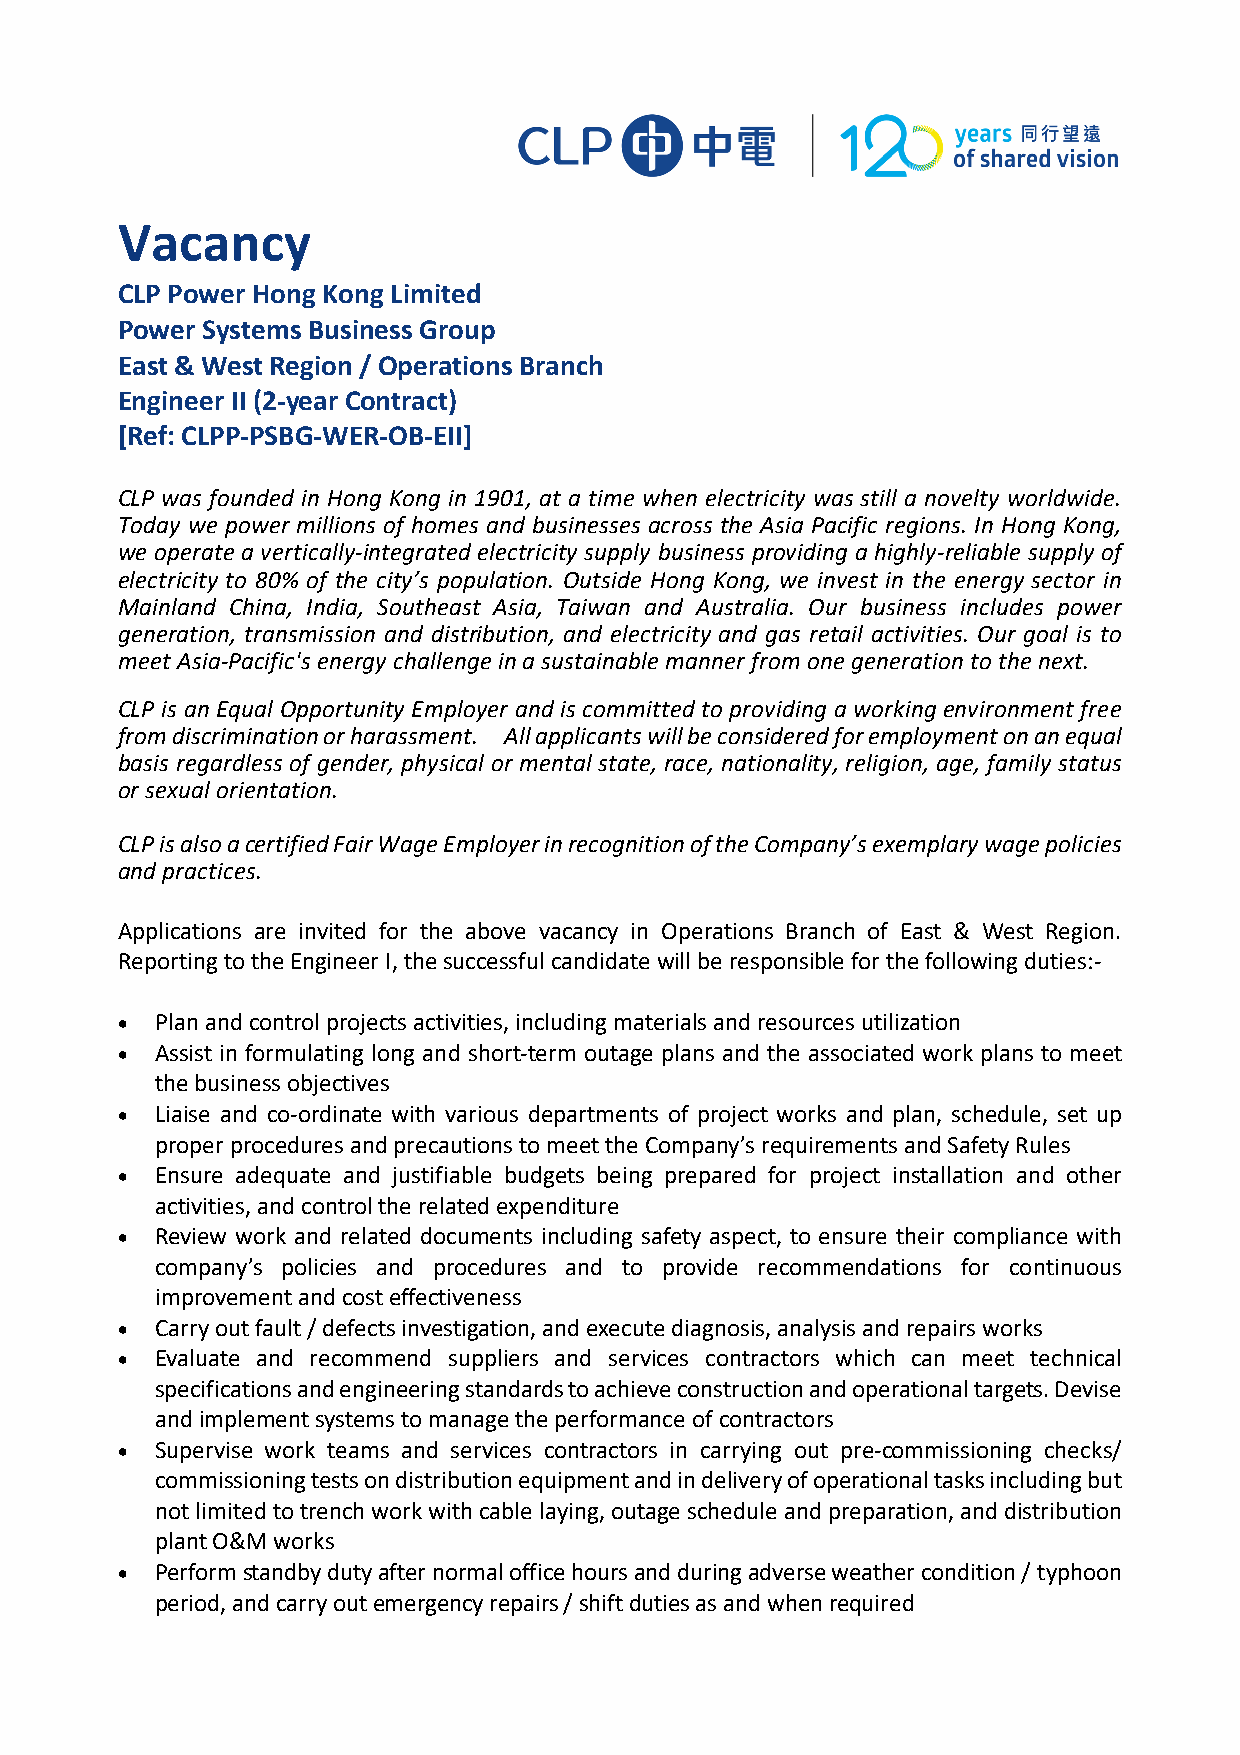
Vacancy
 CLP Power Hong Kong Limited
 Power Systems Business Group
 East & West Region / Operations Branch
 Engineer II (2-year Contract)
 [Ref: CLPP-PSBG-WER-OB-EII]
 CLP was founded in Hong Kong in 1901, at a time when electricity was still a novelty worldwide.
 Today we power millions of homes and businesses across the Asia Pacific regions. In Hong Kong,
 we operate a vertically-integrated electricity supply business providing a highly-reliable supply of
 electricity to 80% of the city’s population. Outside Hong Kong, we invest in the energy sector in
 Mainland China, India, Southeast Asia, Taiwan and Australia. Our business includes power
 generation, transmission and distribution, and electricity and gas retail activities. Our goal is to
 meet Asia-Pacific's energy challenge in a sustainable manner from one generation to the next.
 CLP is an Equal Opportunity Employer and is committed to providing a working environment free
 from discrimination or harassment. All applicants will be considered for employment on an equal
 basis regardless of gender, physical or mental state, race, nationality, religion, age, family status
 or sexual orientation.
 CLP is also a certified Fair Wage Employer in recognition of the Company’s exemplary wage policies
 and practices.
 Applications are invited for the above vacancy in Operations Branch of East & West Region.
 Reporting to the Engineer I, the successful candidate will be responsible for the following duties:-
 • Plan and control projects activities, including materials and resources utilization
 • Assist in formulating long and short-term outage plans and the associated work plans to meet
 the business objectives
 • Liaise and co-ordinate with various departments of project works and plan, schedule, set up
 proper procedures and precautions to meet the Company’s requirements and Safety Rules
 • Ensure adequate and justifiable budgets being prepared for project installation and other
 activities, and control the related expenditure
 • Review work and related documents including safety aspect, to ensure their compliance with
 company’s policies and procedures and to provide recommendations for continuous
 improvement and cost effectiveness
 • Carry out fault / defects investigation, and execute diagnosis, analysis and repairs works
 • Evaluate and recommend suppliers and services contractors which can meet technical
 specifications and engineering standards to achieve construction and operational targets. Devise
 and implement systems to manage the performance of contractors
 • Supervise work teams and services contractors in carrying out pre-commissioning checks/
 commissioning tests on distribution equipment and in delivery of operational tasks including but
 not limited to trench work with cable laying, outage schedule and preparation, and distribution
 plant O&M works
 • Perform standby duty after normal office hours and during adverse weather condition / typhoon
 period, and carry out emergency repairs / shift duties as and when required